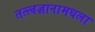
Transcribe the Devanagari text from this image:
तत्त्वज्ञानामधला